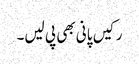
رکیں پانی بھی پی لیں۔